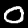
Label: 0